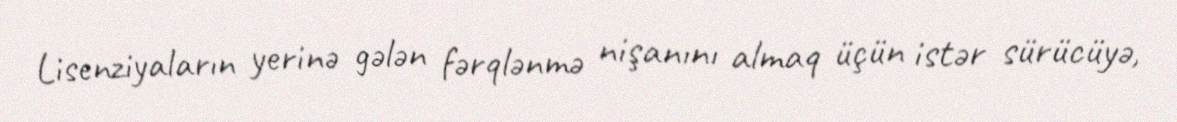
Lisenziyaların yerinə gələn fərqlənmə nişanını almaq üçün istər sürücüyə,